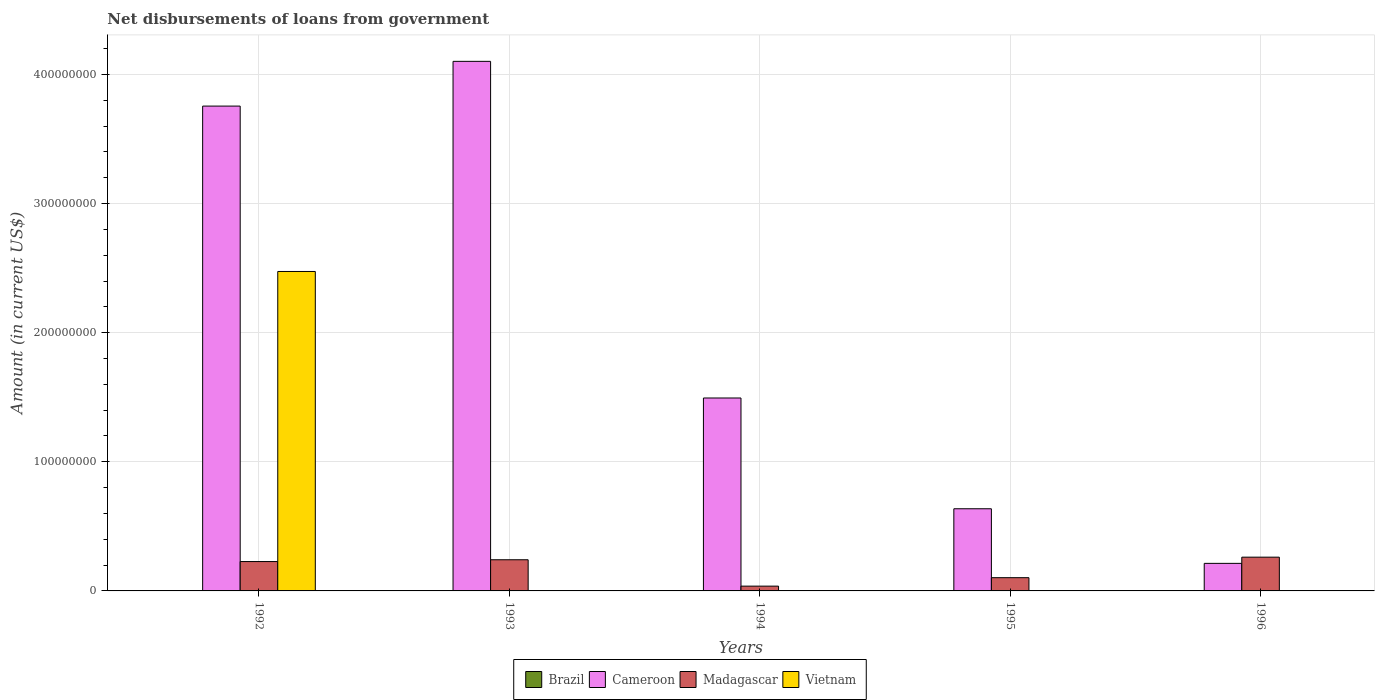
| Years | Brazil | Cameroon | Madagascar | Vietnam |
 | --- | --- | --- | --- | --- |
 | 1992 | -2.52e+08 | 3.75e+08 | 2.27e+07 | 2.47e+08 |
 | 1993 | -2.46e+08 | 4.1e+08 | 2.41e+07 | -9.97e+07 |
 | 1994 | -1.57e+09 | 1.49e+08 | 3.71e+06 | -2.27e+07 |
 | 1995 | -1.29e+09 | 6.36e+07 | 1.02e+07 | -3.54e+07 |
 | 1996 | -1.5e+09 | 2.13e+07 | 2.61e+07 | -6.49e+07 |